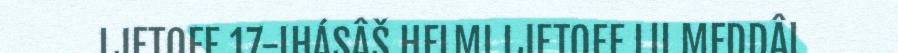
LJETOFF 17-IHÁSÂŠ HELMI LJETOFF LII MEDDÂL